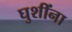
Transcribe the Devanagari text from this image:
घुशींना